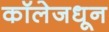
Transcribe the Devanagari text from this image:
कॉलेजधून